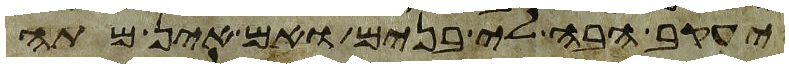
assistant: יעקב הבה לי בנים ואם אין מתה